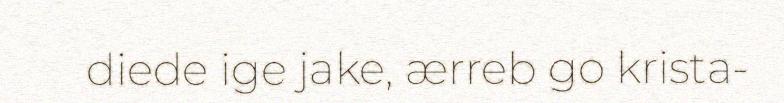
diede ige jake, ærreb go krista-